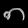
Digit: ၈